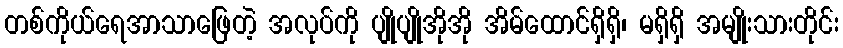
တစ်ကိုယ်ရေအာသာဖြေတဲ့ အလုပ်ကို ပျိုပျိုအိုအို အိမ်ထောင်ရှိရှိ၊ မရှိရှိ အမျိုးသားတိုင်း